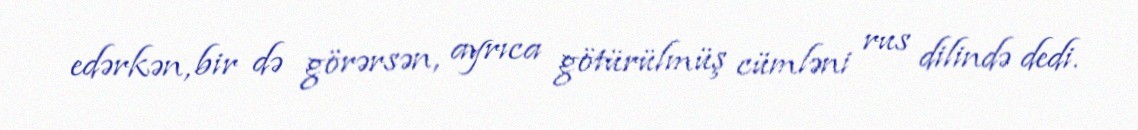
edərkən, bir də görərsən, ayrıca götürülmüş cümləni rus dilində dedi.